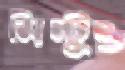
মিন্টুও